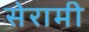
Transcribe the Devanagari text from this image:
सेरामी